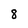
Character: 8